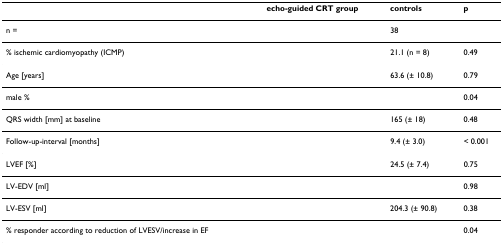
<table><thead><tr><td>[EMPTY_CELL]</td><td><b>echo-guided CRT group</b></td><td><b>controls</b></td><td><b>p</b></td></tr></thead><tbody><tr><td>n =</td><td>[EMPTY_CELL]</td><td>38</td><td>[EMPTY_CELL]</td></tr><tr><td>% ischemic cardiomyopathy (ICMP)</td><td>[EMPTY_CELL]</td><td>21.1 (n = 8)</td><td>0.49</td></tr><tr><td>Age [years]</td><td>[EMPTY_CELL]</td><td>63.6 (± 10.8)</td><td>0.79</td></tr><tr><td>male %</td><td>[EMPTY_CELL]</td><td>[EMPTY_CELL]</td><td>0.04</td></tr><tr><td>QRS width [mm] at baseline</td><td>[EMPTY_CELL]</td><td>165 (± 18)</td><td>0.48</td></tr><tr><td>Follow-up-interval [months]</td><td>[EMPTY_CELL]</td><td>9.4 (± 3.0)</td><td>&lt; 0.001</td></tr><tr><td>LVEF [%]</td><td>[EMPTY_CELL]</td><td>24.5 (± 7.4)</td><td>0.75</td></tr><tr><td>LV-EDV [ml]</td><td>[EMPTY_CELL]</td><td>[EMPTY_CELL]</td><td>0.98</td></tr><tr><td>LV-ESV [ml]</td><td>[EMPTY_CELL]</td><td>204.3 (± 90.8)</td><td>0.38</td></tr><tr><td>% responder according to reduction of LVESV/increase in EF</td><td>[EMPTY_CELL]</td><td>[EMPTY_CELL]</td><td>0.04</td></tr></tbody></table>